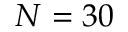
N = 3 0